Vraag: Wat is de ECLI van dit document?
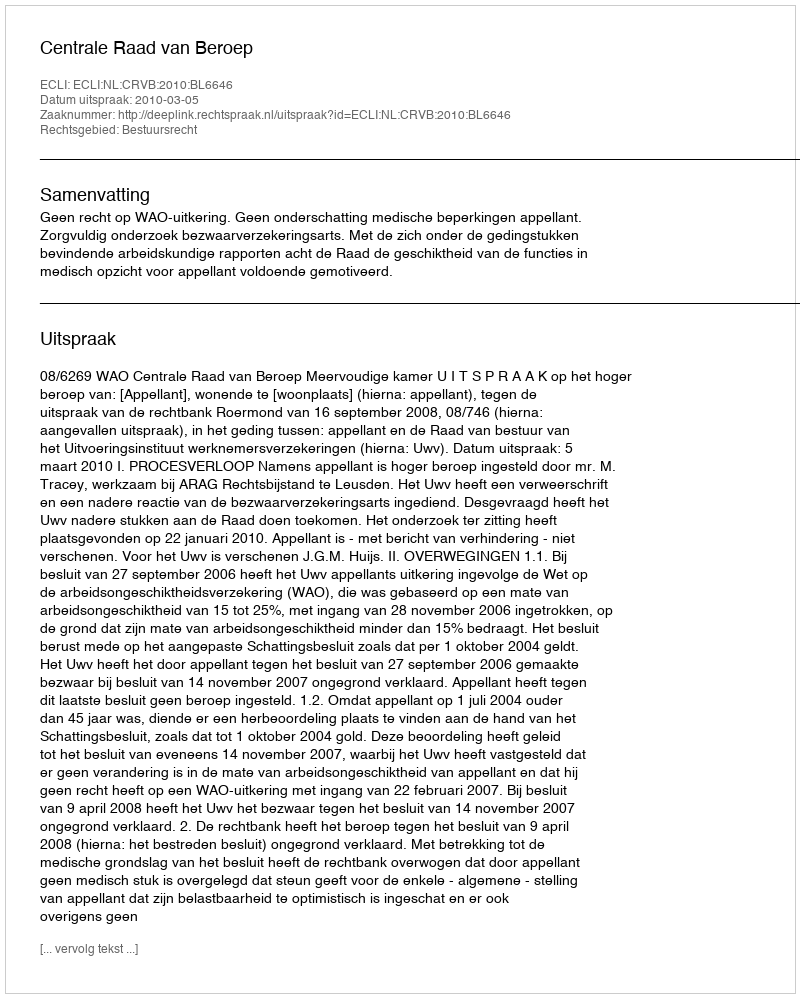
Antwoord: ECLI:NL:CRVB:2010:BL6646